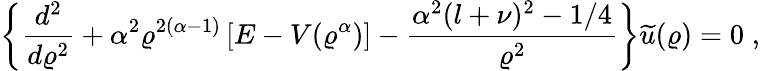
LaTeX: \left\{ \frac{d^{2}}{d\varrho^{2}}+\alpha^{2}\varrho^{2(\alpha-1)}\left[E-V(\varrho^{\alpha})\right]-\frac{\alpha^{2}(l+\nu)^{2}-1/4}{\varrho^{2}}\right\} \widetilde{u}(\varrho)=0\; ,